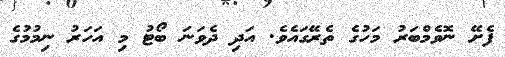
ފެށޭ ނޮވެމްބަރު މަހުގެ ތެރޭގައެވެ. އަދި ދެވަނަ ބޯޓު މި އަހަރު ނިމުމުގެ